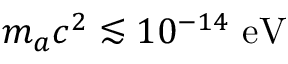
m _ { a } c ^ { 2 } \lesssim 1 0 ^ { - 1 4 } ~ \mathrm { e V }